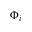
\Phi _ { i }